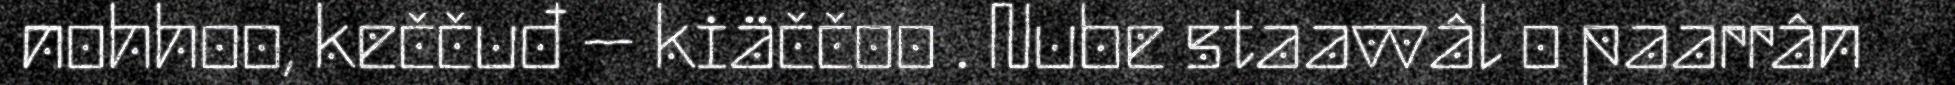
nohhoo, keččuđ – kiäččoo . Nube staavvâl o paarrân